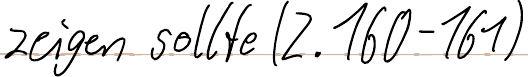
zeigen sollte (Z.160-161)